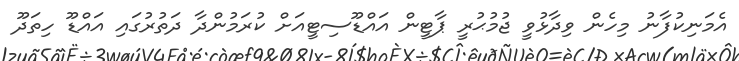
އެމަނިކުފާނު މިހެން ވިދާޅުވީ ޖުމުޙުރީ ޕާޓީން އައްޑޫސިޓީއަށް ކުރަމުންދާ ދަތުރުގައި އައްޑޫ ހިތަދޫ